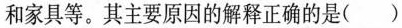
和家具等。其主要原因的解释正确的是（）